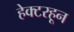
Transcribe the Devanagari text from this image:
हेक्टरहून